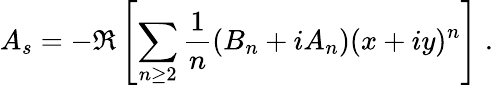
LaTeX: A_{s}=-\Re\left[\sum_{n\geq 2}\frac{1}{n}(B_{n}+iA_{n})(x+iy)^{n}\right]\; .